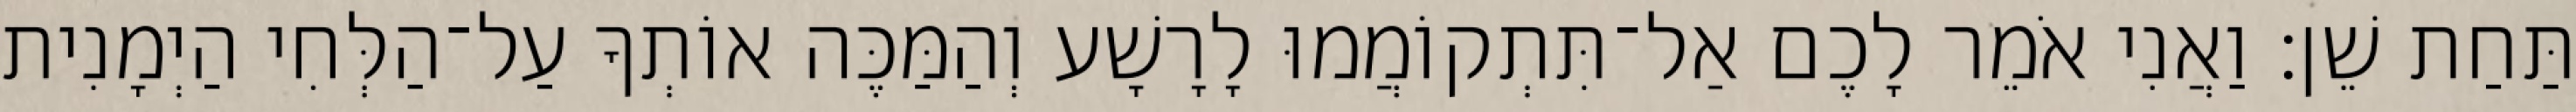
תַּחַת שֵׁן׃ וַאֲנִי אֹמֵר לָכֶם אַל־תִּתְקוֹמֲמוּ לָרָשָׁע וְהַמַּכֶּה אוֹתְךָ עַל־הַלְּחִי הַיְמָנִית